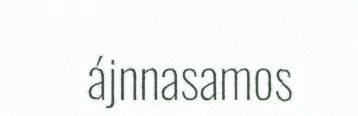
ájnnasamos